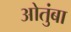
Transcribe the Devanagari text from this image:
ओतुंबा